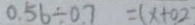
0 . 5 6 \div 0 . 7 = ( x + 0 . 2